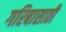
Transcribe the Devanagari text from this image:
गरिबासाठी